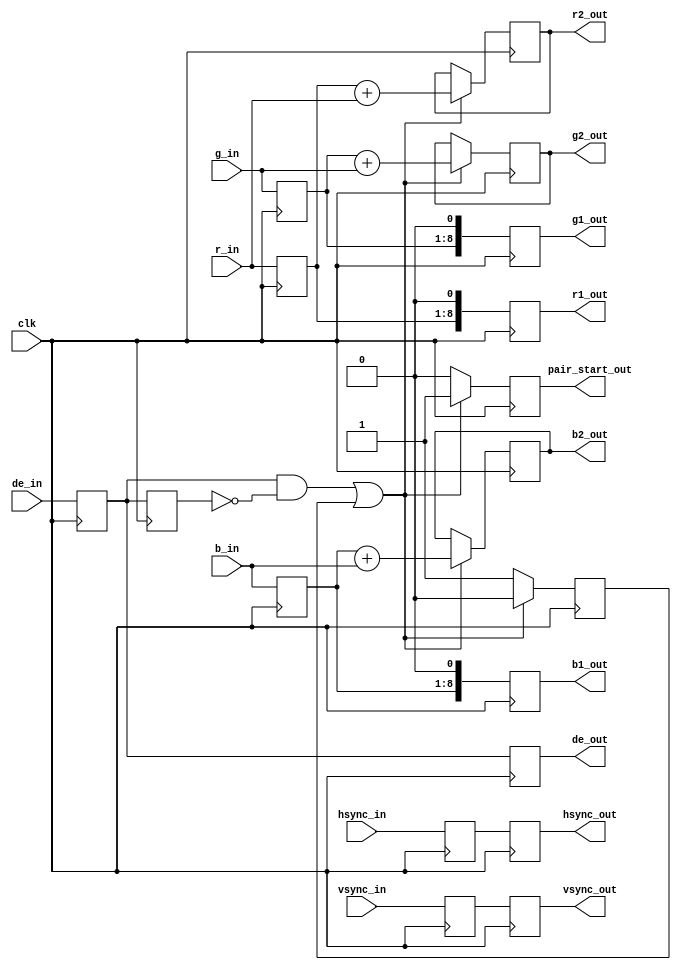
// File convert_444_422.vhd translated with vhd2vl v2.0 VHDL to Verilog RTL translator
// Copyright (C) 2001 Vincenzo Liguori - Ocean Logic Pty Ltd - http://www.ocean-logic.com
// Modifications (C) 2006 Mark Gonzales - PMC Sierra Inc
// 
// vhd2vl comes with ABSOLUTELY NO WARRANTY
// ALWAYS RUN A FORMAL VERIFICATION TOOL TO COMPARE VHDL INPUT TO VERILOG OUTPUT 
// 
// This is free software, and you are welcome to redistribute it under certain conditions.
// See the license file license.txt included with the source for details.

//--------------------------------------------------------------------------------
// Module Name: convert_444_422 - Behavioral 
// 
// Description: Convert the input pixels into two RGB values - that for the Y calc
//              and that for the CbCr calculation
//
// Feel free to use this how you see fit, and fix any errors you find :-)
//--------------------------------------------------------------------------------

module convert_444_422(
    clk,
    r_in,
    g_in,
    b_in,
    hsync_in,
    vsync_in,
    de_in,
    r1_out,
    g1_out,
    b1_out,
    r2_out,
    g2_out,
    b2_out,
    pair_start_out,
    hsync_out,
    vsync_out,
    de_out
    );

input clk;
// pixels and control signals in
input[7:0] r_in;
input[7:0] g_in;
input[7:0] b_in;
input hsync_in;
input vsync_in;
input de_in;
// two channels of output RGB + control signals
output[8:0] r1_out;
output[8:0] g1_out;
output[8:0] b1_out;
output[8:0] r2_out;
output[8:0] g2_out;
output[8:0] b2_out;
output pair_start_out;
output hsync_out;
output vsync_out;
output de_out;

wire   clk;
wire  [7:0] r_in;
wire  [7:0] g_in;
wire  [7:0] b_in;
wire   hsync_in;
wire   vsync_in;
wire   de_in;
reg  [8:0] r1_out;
reg  [8:0] g1_out;
reg  [8:0] b1_out;
reg  [8:0] r2_out;
reg  [8:0] g2_out;
reg  [8:0] b2_out;
reg   pair_start_out;
reg   hsync_out;
reg   vsync_out;
reg   de_out;


reg [7:0] r_a;
reg [7:0] g_a;
reg [7:0] b_a;
reg  h_a;
reg  v_a;
reg  d_a;
reg  d_a_last;
// flag is used to work out which pairs of pixels to sum.
reg  flag;

  always @(posedge clk) begin
    // sync pairs to the de_in going high (if a scan line has odd pixel count)
    if((d_a == 1'b 1 && d_a_last == 1'b 0) || flag == 1'b 1) begin
      r2_out <= (({1'b 0,r_a}) + ({1'b 0,r_in}));
      g2_out <= (({1'b 0,g_a}) + ({1'b 0,g_in}));
      b2_out <= (({1'b 0,b_a}) + ({1'b 0,b_in}));
      flag <= 1'b 0;
      pair_start_out <= 1'b 1;
    end
    else begin
      flag <= 1'b 1;
      pair_start_out <= 1'b 0;
    end
    r1_out <= {r_a,1'b 0};
    b1_out <= {b_a,1'b 0};
    g1_out <= {g_a,1'b 0};
    hsync_out <= h_a;
    vsync_out <= v_a;
    de_out <= d_a;
    d_a_last <= d_a;
    r_a <= r_in;
    g_a <= g_in;
    b_a <= b_in;
    h_a <= hsync_in;
    v_a <= vsync_in;
    d_a <= de_in;
  end


endmodule